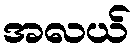
အလယ်